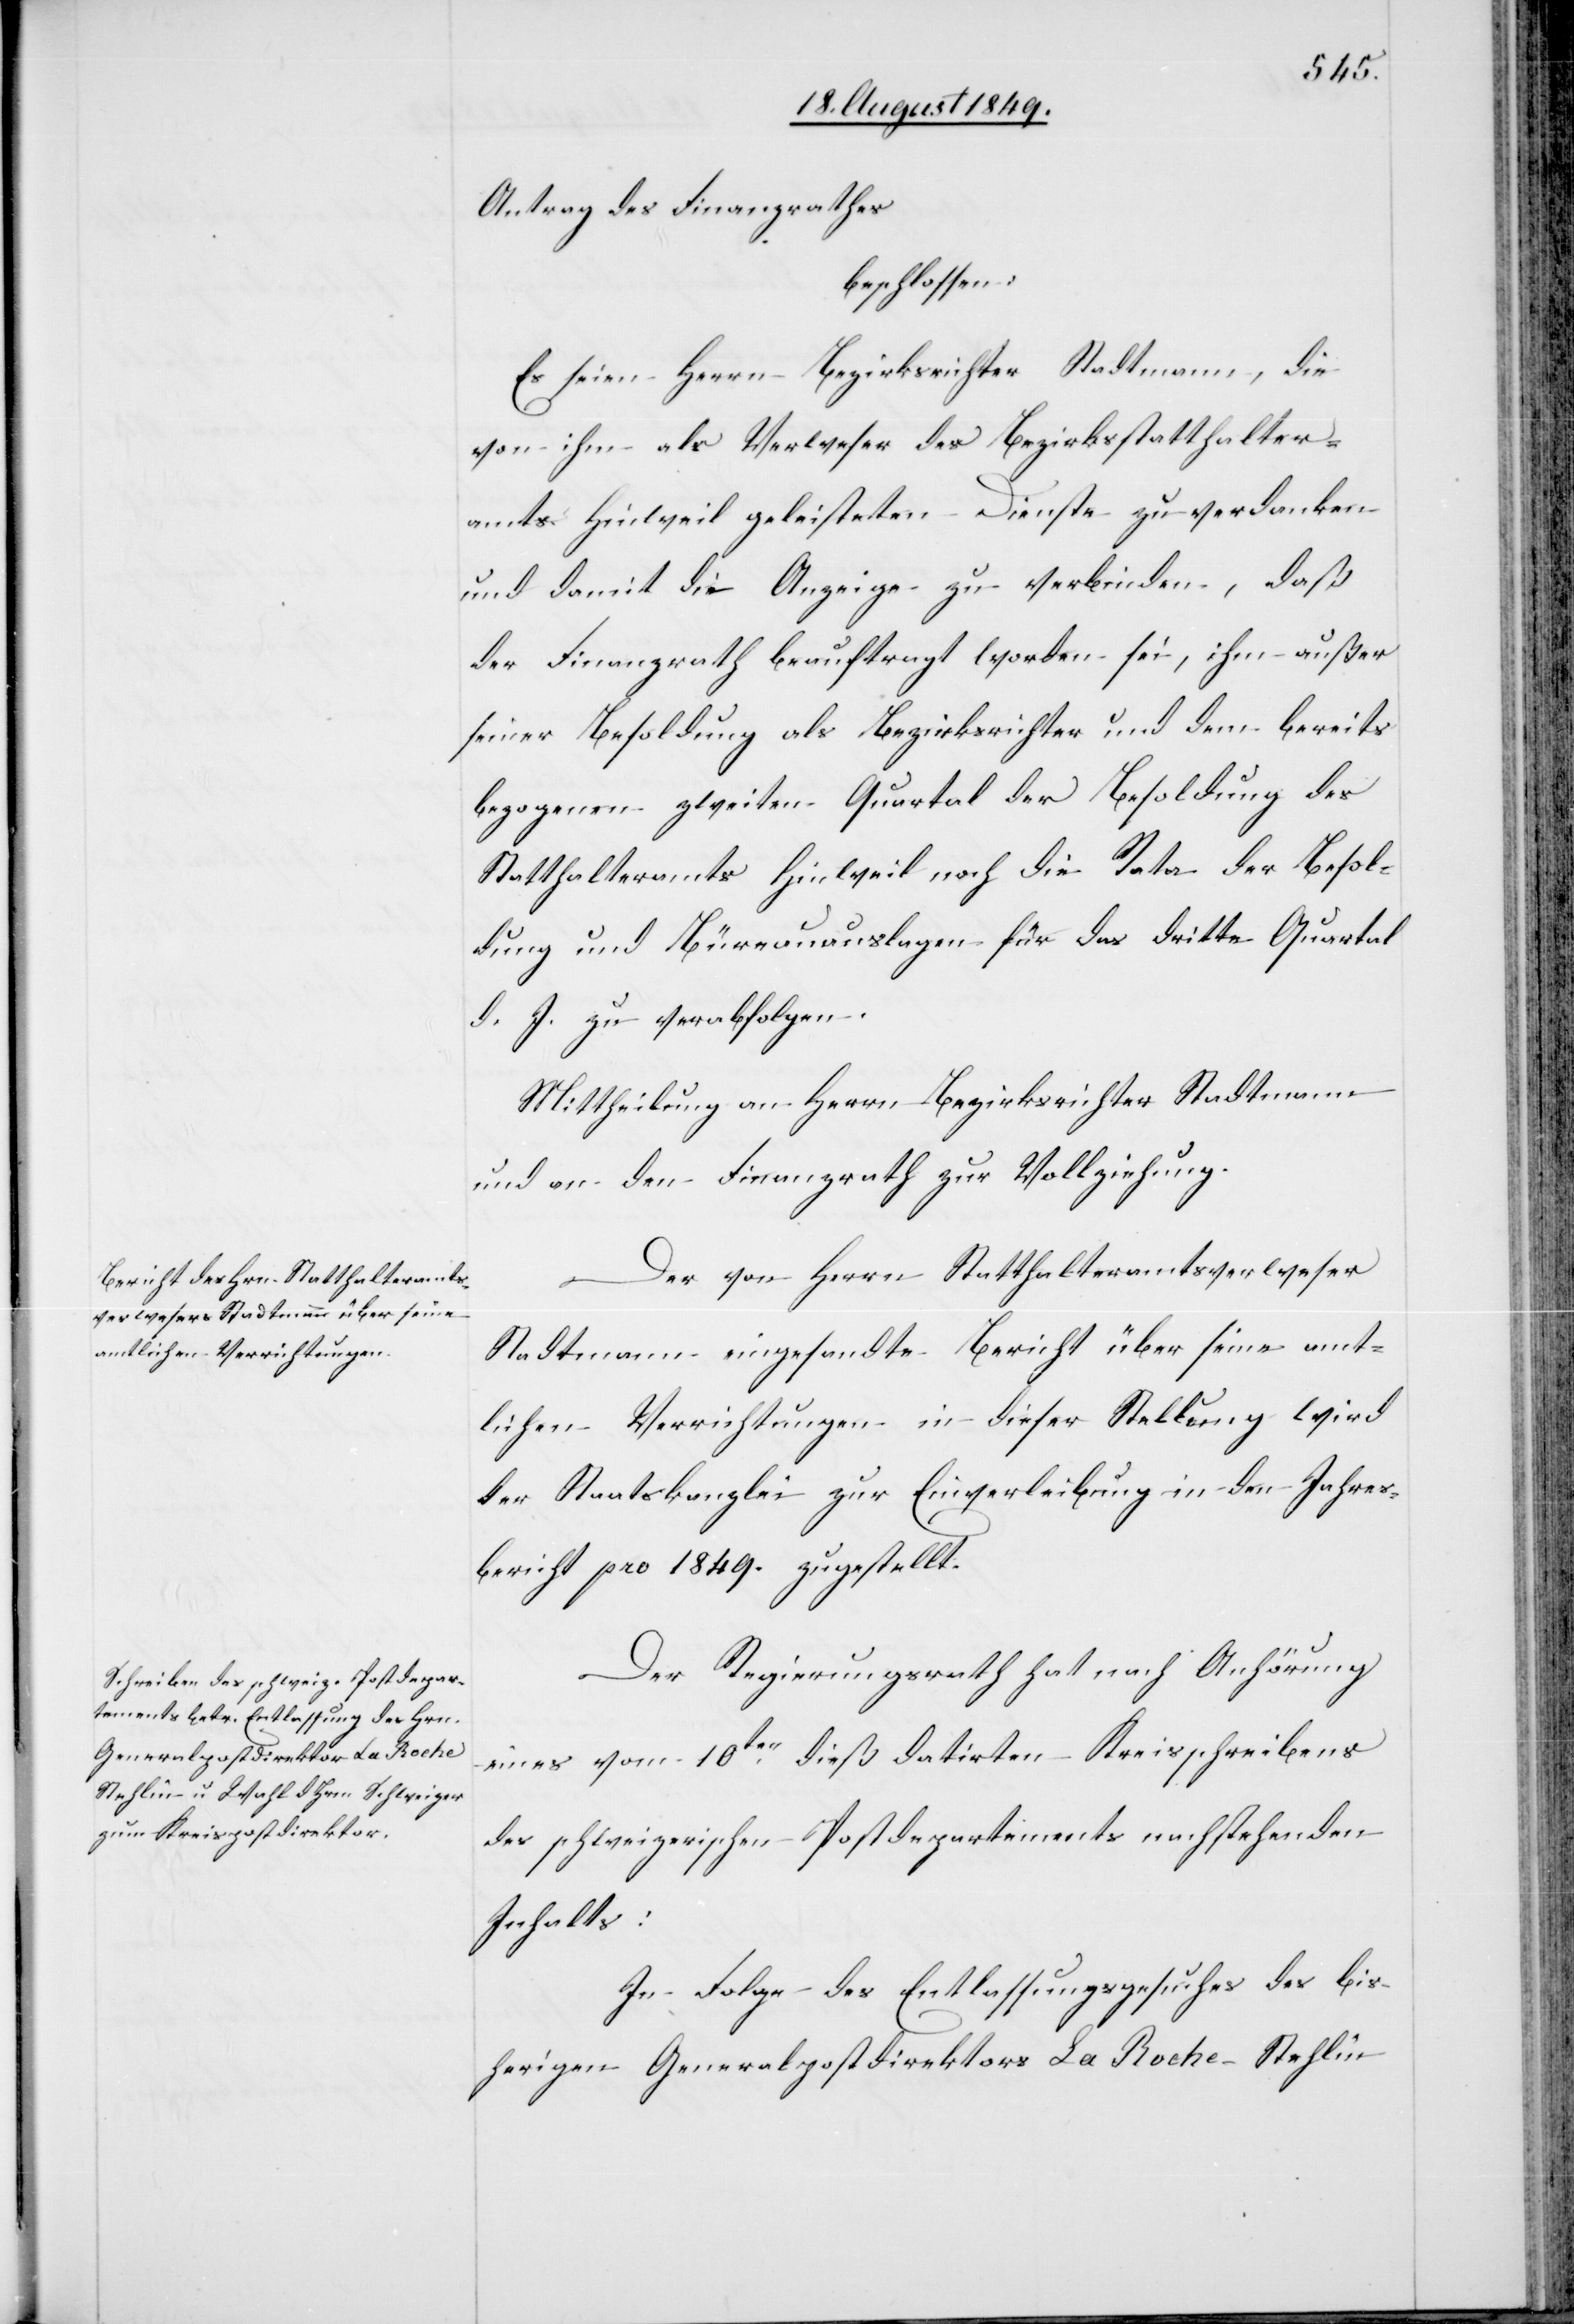
Antrag des Finanzrathes
beschlossen:
Es seien Herrn Bezirksrichter Stadtmann, die
von ihm als Verweser des Bezirksstatthalter¬
amts Hinweil geleisteten Dienste zu verdanken
und damit die Anzeige zu verbinden, daß
der Finanzrath beauftragt worden sei, ihm außer
seiner Besoldung als Bezirksrichter und dem bereits
bezogenen zweiten Quartal der Besoldung des
Statthalteramts Hinweil noch die Rata der Besol¬
dung und Büreauauslagen für das dritte Quartal
d. J. zu verabfolgen.
Mittheilung an Herrn Bezirksrichter Stadtmann
und an den Finanzrath zur Vollziehung.
Der von Herrn Statthalteramtsverweser
Stadtmann eingesandte Bericht über seine amt¬
lichen Verrichtungen in dieser Stellung wird
der Staatskanzlei zur Einverleibung in den Jahres¬
bericht pro 1849. zugestellt.
Der Regierungsrath hat nach Anhörung
eines vom 10ten dieß datirten Kreisschreibens
des schweizerischen Postdepartements nachstehenden
Inhalts:
In Folge des Entlassungsgesuchs des bis¬
herigen Generalpostdirektors La Roche-Stehlin